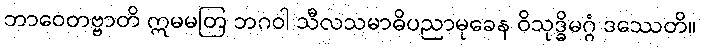
ဘာဝေတဗ္ဗာတိ ဣမမတြ ဘဂဝါ သီလသမာဓိပညာမုခေန ဝိသုဒ္ဓိမဂ္ဂံ ဒဿေတိ။